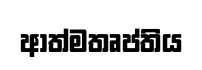
ආත්මතෘප්තිය